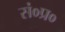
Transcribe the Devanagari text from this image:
सं०प्र०